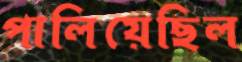
পালিয়েছিল